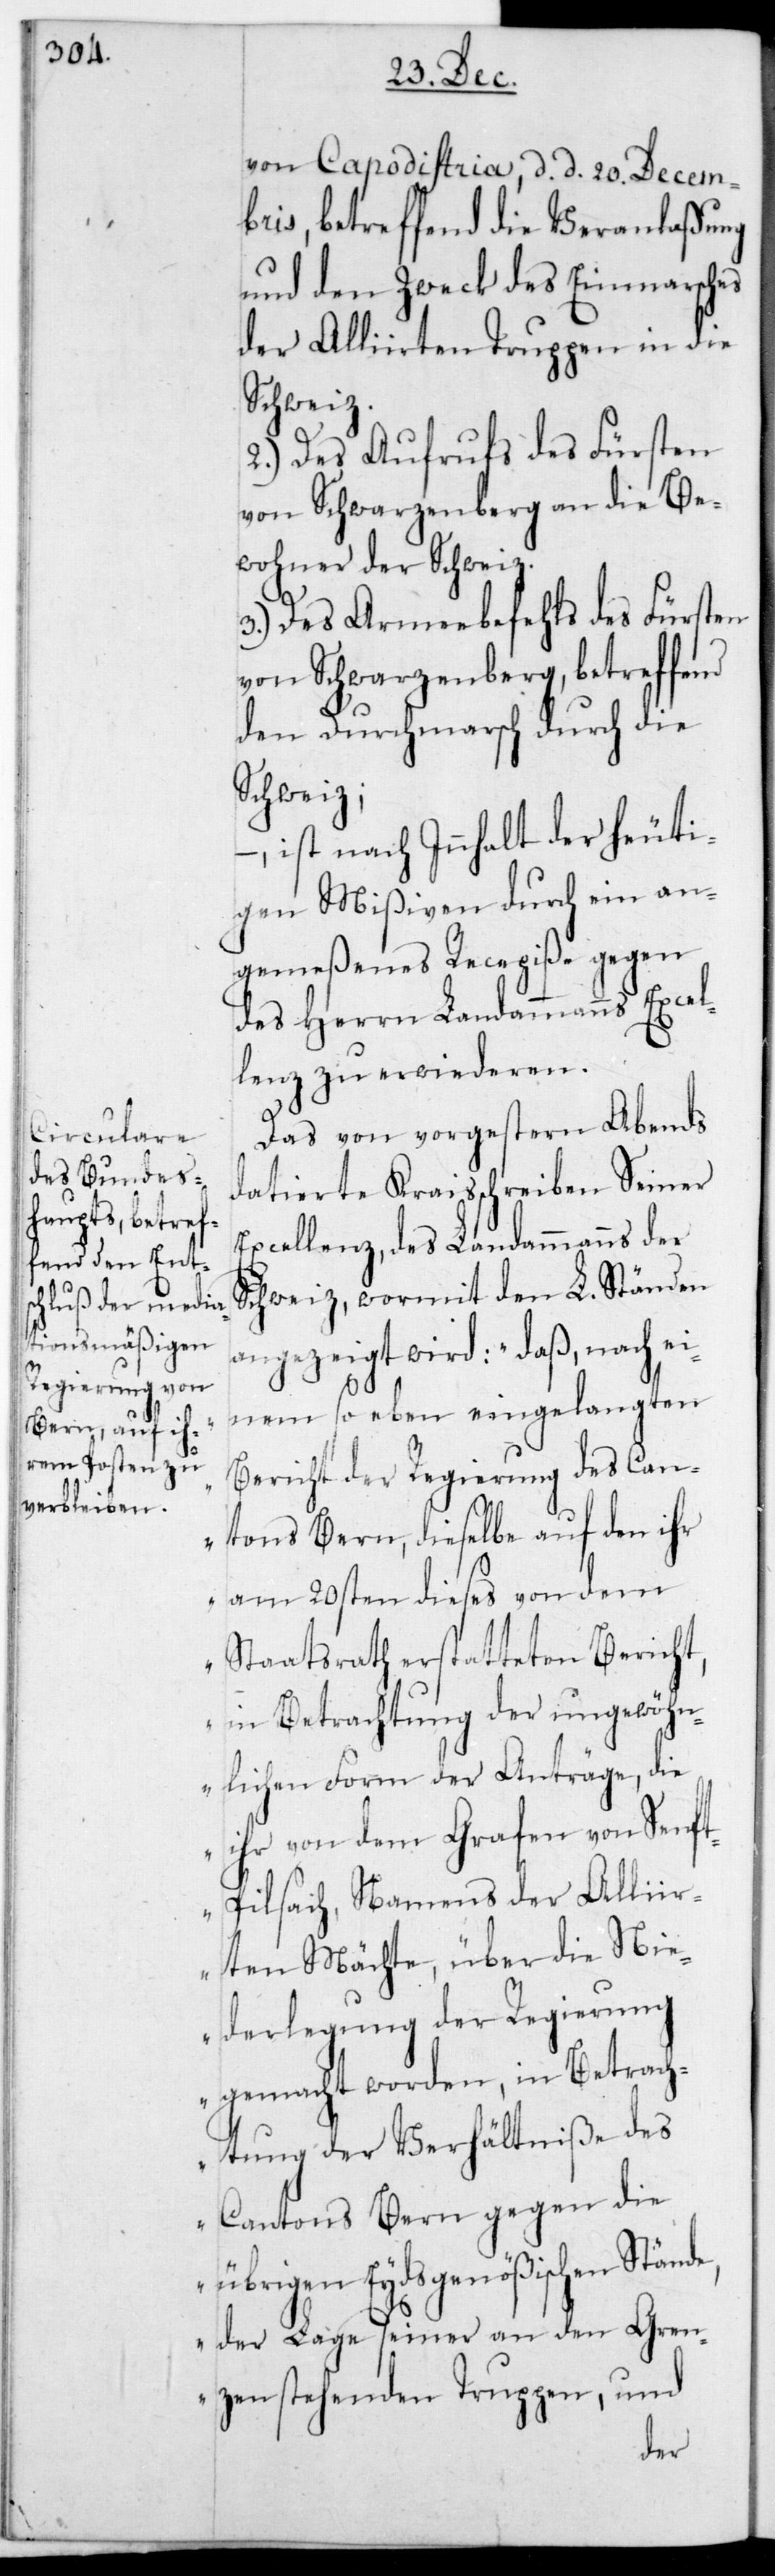
von Capodistria, datiert 20sten Decem¬
bris, betreffend die Veranlaßung
und den Zweck des Einmarsches
der Alliirten Truppen in die
Schweiz.
2.) Des Aufrufs des Fürsten
von Schwarzenberg an die Be¬
wohner der Schweiz.
3.) Des Armeebefehls des Fürsten
von Schwarzenberg, betreffend
den Durchmarsch durch die
Schweiz;
– ist nach Innhalt der heuti¬
gen Mißiven durch ein an¬
gemeßenes Recepiße gegen
des Herrn Landammanns Excel¬
lenz zu erwiederen.
Das von vorgestern Abend
datierte Kreisschreiben Sr
Excellenz des Landammanns der
Schweiz, wormit den L. Ständen
angezeigt wird: „Daß nach ei¬
nem soeben eingelangten
Bericht der Regierung des Can¬
tons Bern, dieselbe auf den ihr
am 20sten dieses von dem
Staatsrath erstatteten Bericht,
in Betrachtung der ungewöhn¬
lichen Form der Anträge, die
ihr von dem Grafen von Senf¬
t-Pilsach, namens der Alliir¬
ten Mächte, über die Nie¬
derlegung der Regierung
gemacht worden, in Betrach¬
tung der Verhältniße des
Cantons Bern gegen die
übrigen Eydsgenößischen Ständ¬
e, der Lage seiner an den Gren¬
zen stehenden Truppen, und